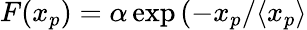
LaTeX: F(x_{p})=\alpha\exp{(-x_{p}/\langle x_{p}\rangle}